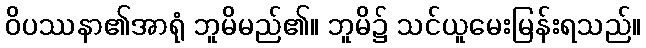
ဝိပဿနာ၏အာရုံ ဘူမိမည်၏။ ဘူမိ၌ သင်ယူမေးမြန်းရသည်။